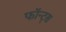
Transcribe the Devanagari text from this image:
फॉन्ट्स